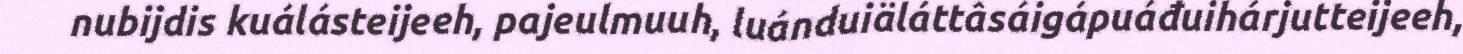
nubijdis kuálásteijeeh, pajeulmuuh, luánduiäláttâsáigápuáđuihárjutteijeeh,